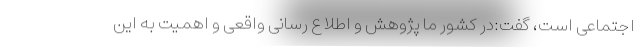
اجتماعی است، گفت:در کشور ما پژوهش و اطلاع رسانی واقعی و اهمیت به این